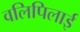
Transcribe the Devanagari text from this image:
वलिपिलाई